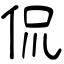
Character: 侃